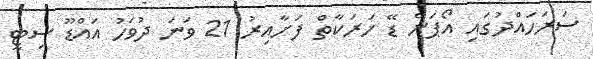
ސަރަހައްދުގައި އޯޕަން ޑޭ ހަރަކާތް ފަށާއިރު 21 ވަނަ ދުވަހު އައްޑޫ ސިޓީ